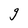
Character: g